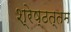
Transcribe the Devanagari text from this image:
श्रेष्ठत्तम